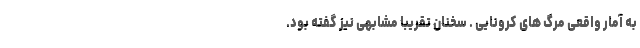
به آمار واقعی مرگ های کرونایی . سخنان تقریباً مشابهی نیز گفته بود.